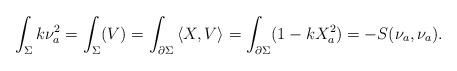
LaTeX: \begin{align*}\int_\Sigma k \nu_a^2=\int_\Sigma (V)&=\int_{\partial \Sigma} \left\langle{X,V}\right\rangle=\int_{\partial \Sigma} (1-k X_a^2)=-S(\nu_a, \nu_a).\end{align*}